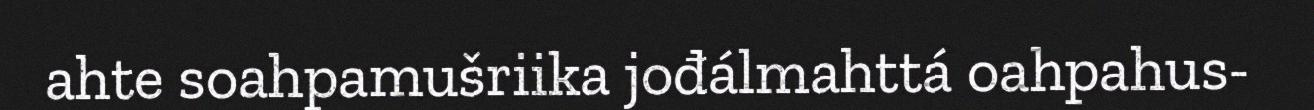
ahte soahpamušriika jođálmahttá oahpahus-